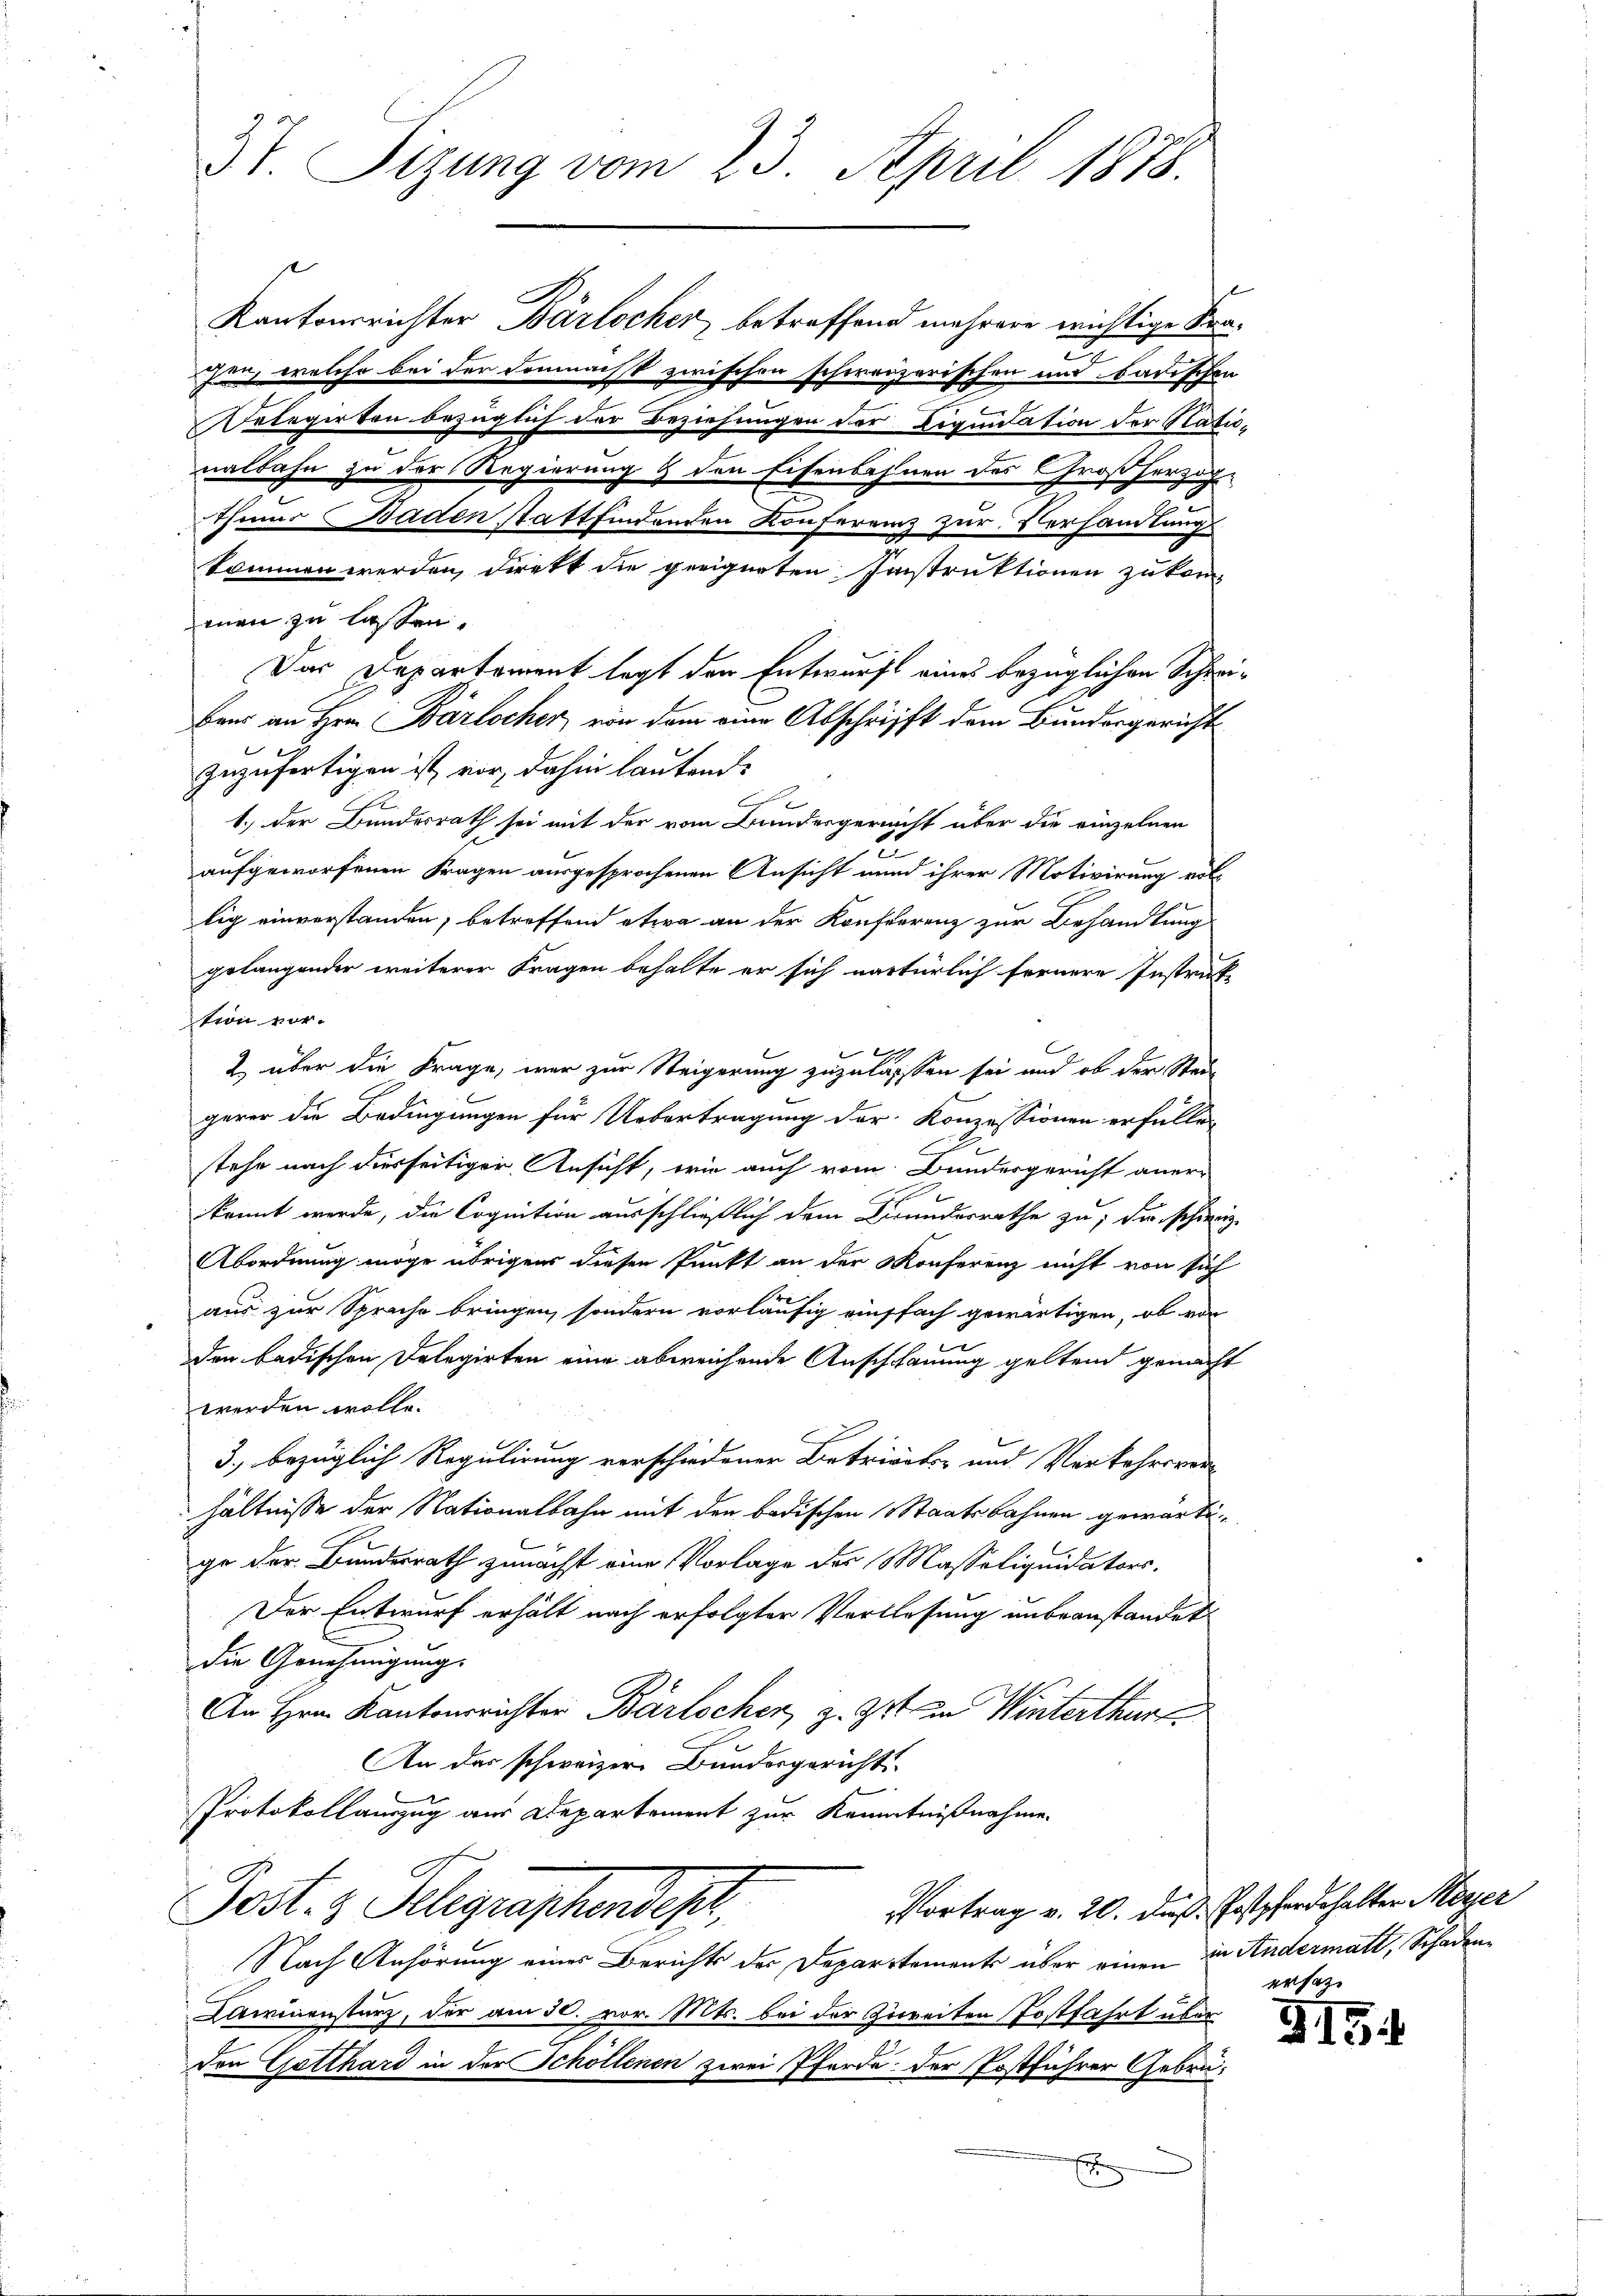
3t. Sizung vom 23. April 1878.

Kantonsrichter Bärlocher, betreffend mehrere wichtige Krasen, welche bei der demnachst zwischen schweizerischen und Badischen
Polegirten bezüglich der Beziehungen der Liquidation der Nationalbahn zu der Regierung & den Eisenbahnen des Großherzogthums Baden stattfindenden Konferenz zur Verhandlungs
kommen werden, direkt die geeigneten Instruktionen zu kom-
men zu lassen.
Das Departement legt den Entwurf eines bezüglichen Schreibens an Hrn. Bärlocher, von dem eine Abschrifft dem Bundesgericht
zuzufertigen ist vor, dahin lautend
b
1.) Der Bundesrath sei mit der vom Bundesgericht über die einzelnen
2
aufgeworfenen Fragen ausgesprochenen Ansicht und ihrer Motivirung vollig einverstanden; betreffend etwa an der Konferrenz zur Behandlung
gelangender weiterer Fragen behalte er sich natürlich fernere Instraf
tion vor.
2 über die Frage, war zur Steigerung zuzulassen sei und ob der Stade
gerer die Bedingungen für Uebertragung der Konzessionen erfallen
stehe nach diesseitiger Ansicht, wie auch vom Bundesgericht aner-
kannt werde, die Cognition ausschließlich dem Krundesrathe zu; die schineiz-
Abordnung möge übrigens diesen Punkt an der Konferenz nicht von sich
aus zur Sprache bringen, sondern vorläufig einffach gewärtigen, ob von
den badischen Delegirten eine abweichende Ausschauung geltend gemacht
werden wolle.
3., bezüglich Regulirung verschiedener Betrierter und Verkehreren
hältnisse der Nationalbahn mit den badischen Staatsbahnen gewärtige der Bundesrath zunächst eine Vorlage des Masseliquidators.
Der Entwurf erhält nach erfolgter Vorlesung unbeanstandet
die Genehmigung.
An Hrn. Kantonsrichter Barlscher, z. Zt. in Winterthur
An das schweizer Bundesgericht
Protokollanzug aus Departement zur Kenntnißnahme.
Vortrag v. 20. daß Postpferdehalter Meyer
Pest. z. Telegraphendes,
Nach Anhörung eines Berichts der Departements über einen in Andermatt, Schaden¬
Laminenstanz, der am 30. vor. Mts. bei der Zureiten Postfahrt über
Ire Gatthard in der Schöllenen zwei Pferde der Postführer Gebrü¬
E

ersatze

§15